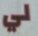
لي